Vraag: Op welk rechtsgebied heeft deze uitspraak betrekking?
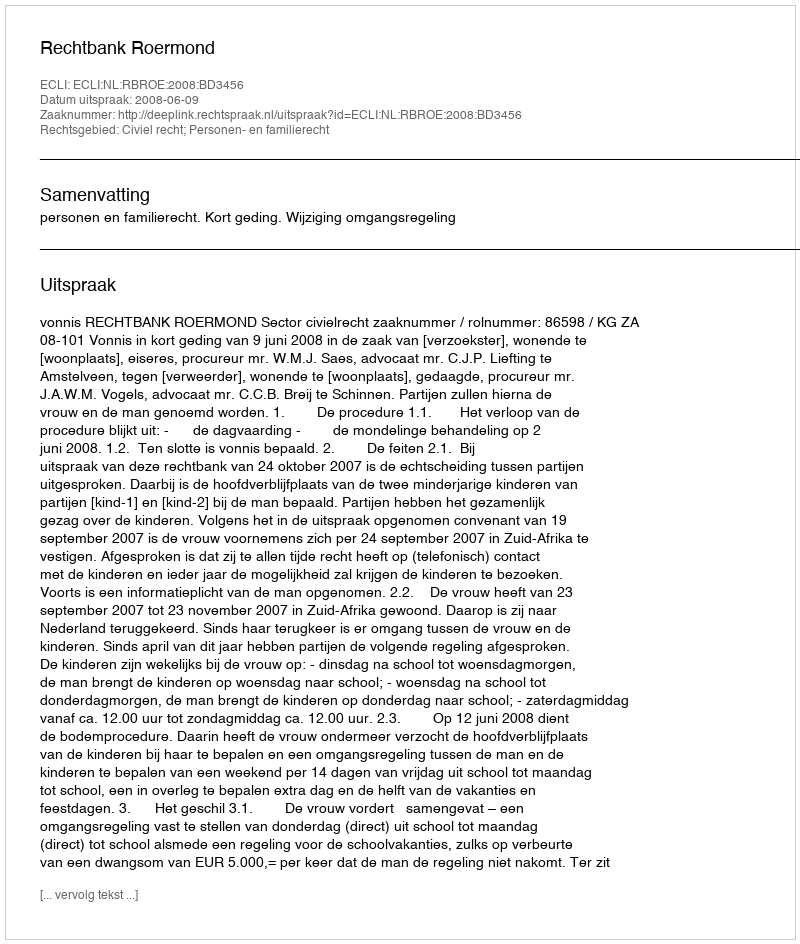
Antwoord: Civiel recht; Personen- en familierecht